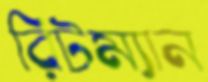
রিটম্যান